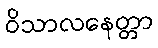
ဝိသာလနေတ္တာ